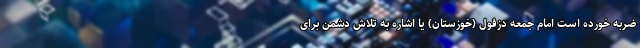
ضربه خورده است امام جمعه دزفول (خوزستان) یا اشاره به تلاش دشمن برای